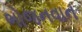
ભોજનવાન